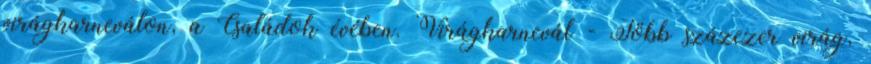
virágkarneválon, a Családok évében. Virágkarnevál - Több százezer virág,